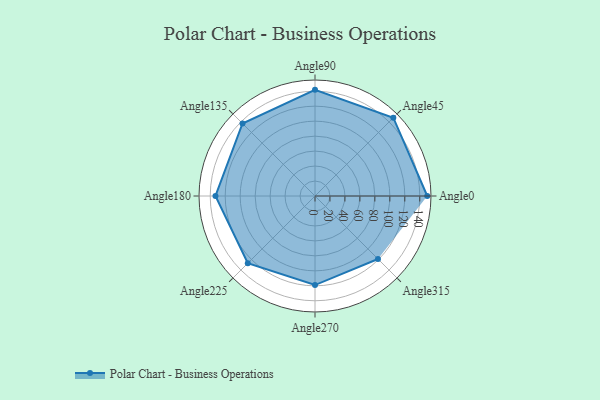
{"axis": {"x": "Angle", "y": "Radius"}, "legend": [""], "data": [{"x": "Angle0", "y": 150.0, "type": ""}, {"x": "Angle45", "y": 148.0, "type": ""}, {"x": "Angle90", "y": 142.0, "type": ""}, {"x": "Angle135", "y": 137.0, "type": ""}, {"x": "Angle180", "y": 133.0, "type": ""}, {"x": "Angle225", "y": 127.0, "type": ""}, {"x": "Angle270", "y": 119.0, "type": ""}, {"x": "Angle315", "y": 119.0, "type": ""}]}